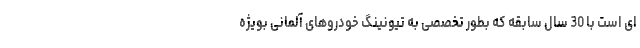
ای است با 30 سال سابقه که بطور تخصصی به تیونینگ خودروهای آلمانی بویژه